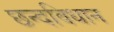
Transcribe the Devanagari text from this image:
छन्दविधान